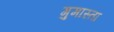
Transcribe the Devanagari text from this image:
गुमास्ता